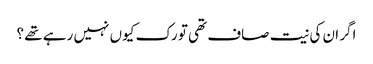
اگر ان کی نیت صاف تھی تو رک کیوں نہیں رہے تھے ؟